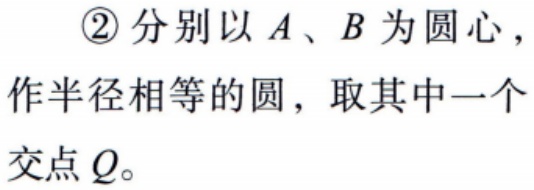
\textcircled{2}分别以 \(A\)、\(B\) 为圆心，作半径相等的圆，取其中一个交点 \(Q\)。